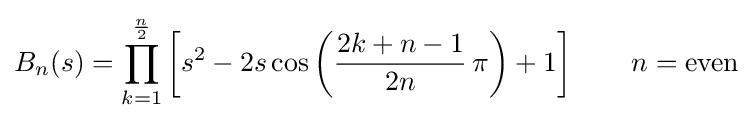
B_{n}(s)=\prod _{k=1}^{\frac {n}{2}}\left[s^{2}-2s\cos \left({\frac {2k+n-1}{2n}}\,\pi \right)+1\right]\qquad n={\text{even}}